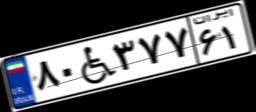
۸۰W۳۷۷۶۱